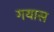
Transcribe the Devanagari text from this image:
गयास